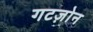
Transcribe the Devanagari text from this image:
गटज़ोन